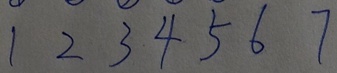
1 2 3 4 5 6 7